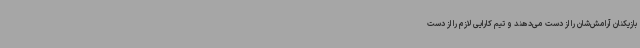
بازیکنان آرامش‌شان را از دست می‌دهند و تیم کارایی لازم را از دست